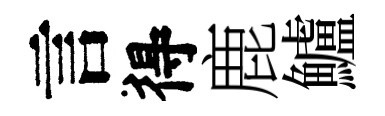
言得鹿鱸